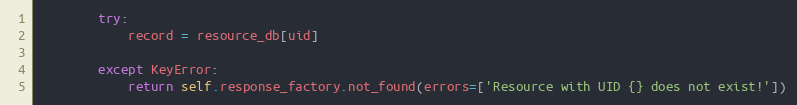
Language: Python
        try:
            record = resource_db[uid]

        except KeyError:
            return self.response_factory.not_found(errors=['Resource with UID {} does not exist!'])